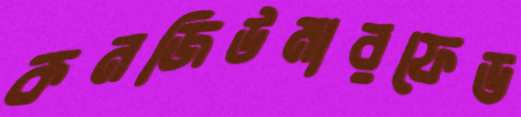
কনজিউমারফেড